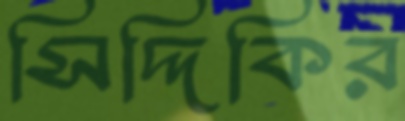
সিদ্দিকির